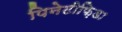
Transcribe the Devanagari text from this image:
पिनेटीफ़िडा